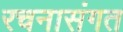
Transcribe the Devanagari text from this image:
रचनासंगत